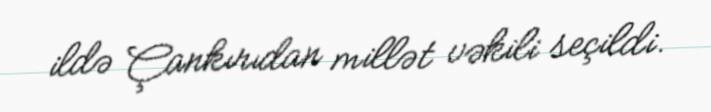
ildə Çankırıdan millət vəkili seçildi.